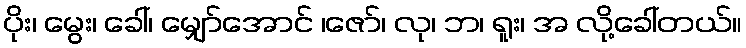
ပိုး၊ မွေး၊ ခေါ်၊ မျှော်အောင် ၊ဇော်၊ လု၊ ဘ၊ ရူး၊ အ လို့ခေါ်တယ်။